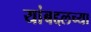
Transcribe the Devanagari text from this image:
यांबद्दलच्या